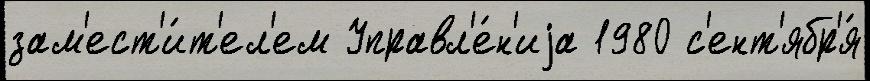
зам'ест'и́т'ел'ем Управл'е́н'иjа 1980 с'ент'ябр'я́